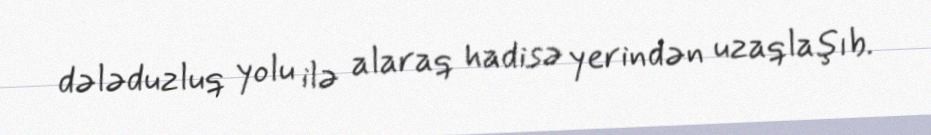
dələduzluq yolu ilə alaraq hadisə yerindən uzaqlaşıb.